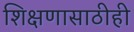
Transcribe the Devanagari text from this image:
शिक्षणासाठीही